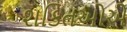
શકિતઓએ